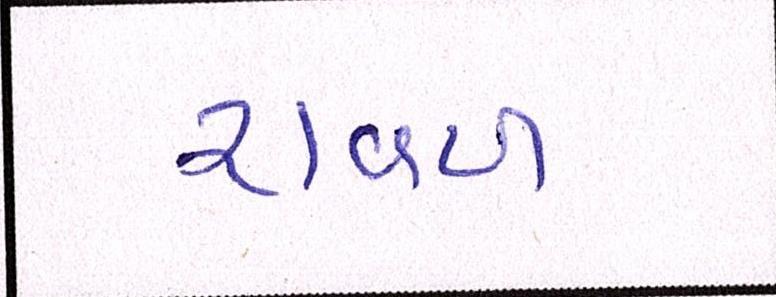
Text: રાવળ